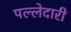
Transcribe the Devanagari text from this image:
पल्लेदारी